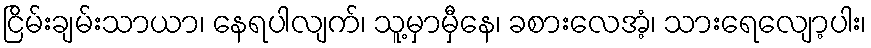
ငြိမ်းချမ်းသာယာ၊ နေရပါလျက်၊ သူ့မှာမှီနေ၊ ခစားလေအံ့၊ သားရေလျော့ပါး၊